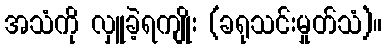
အသံကို လှူခဲ့ရကျိုး (ခရုသင်းမှုတ်သံ)။